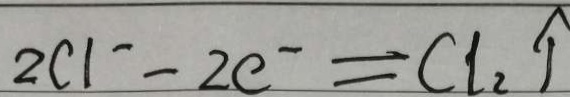
2 C 1 ^ { - } - 2 e ^ { - } = C l _ { 2 } \uparrow